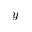
y